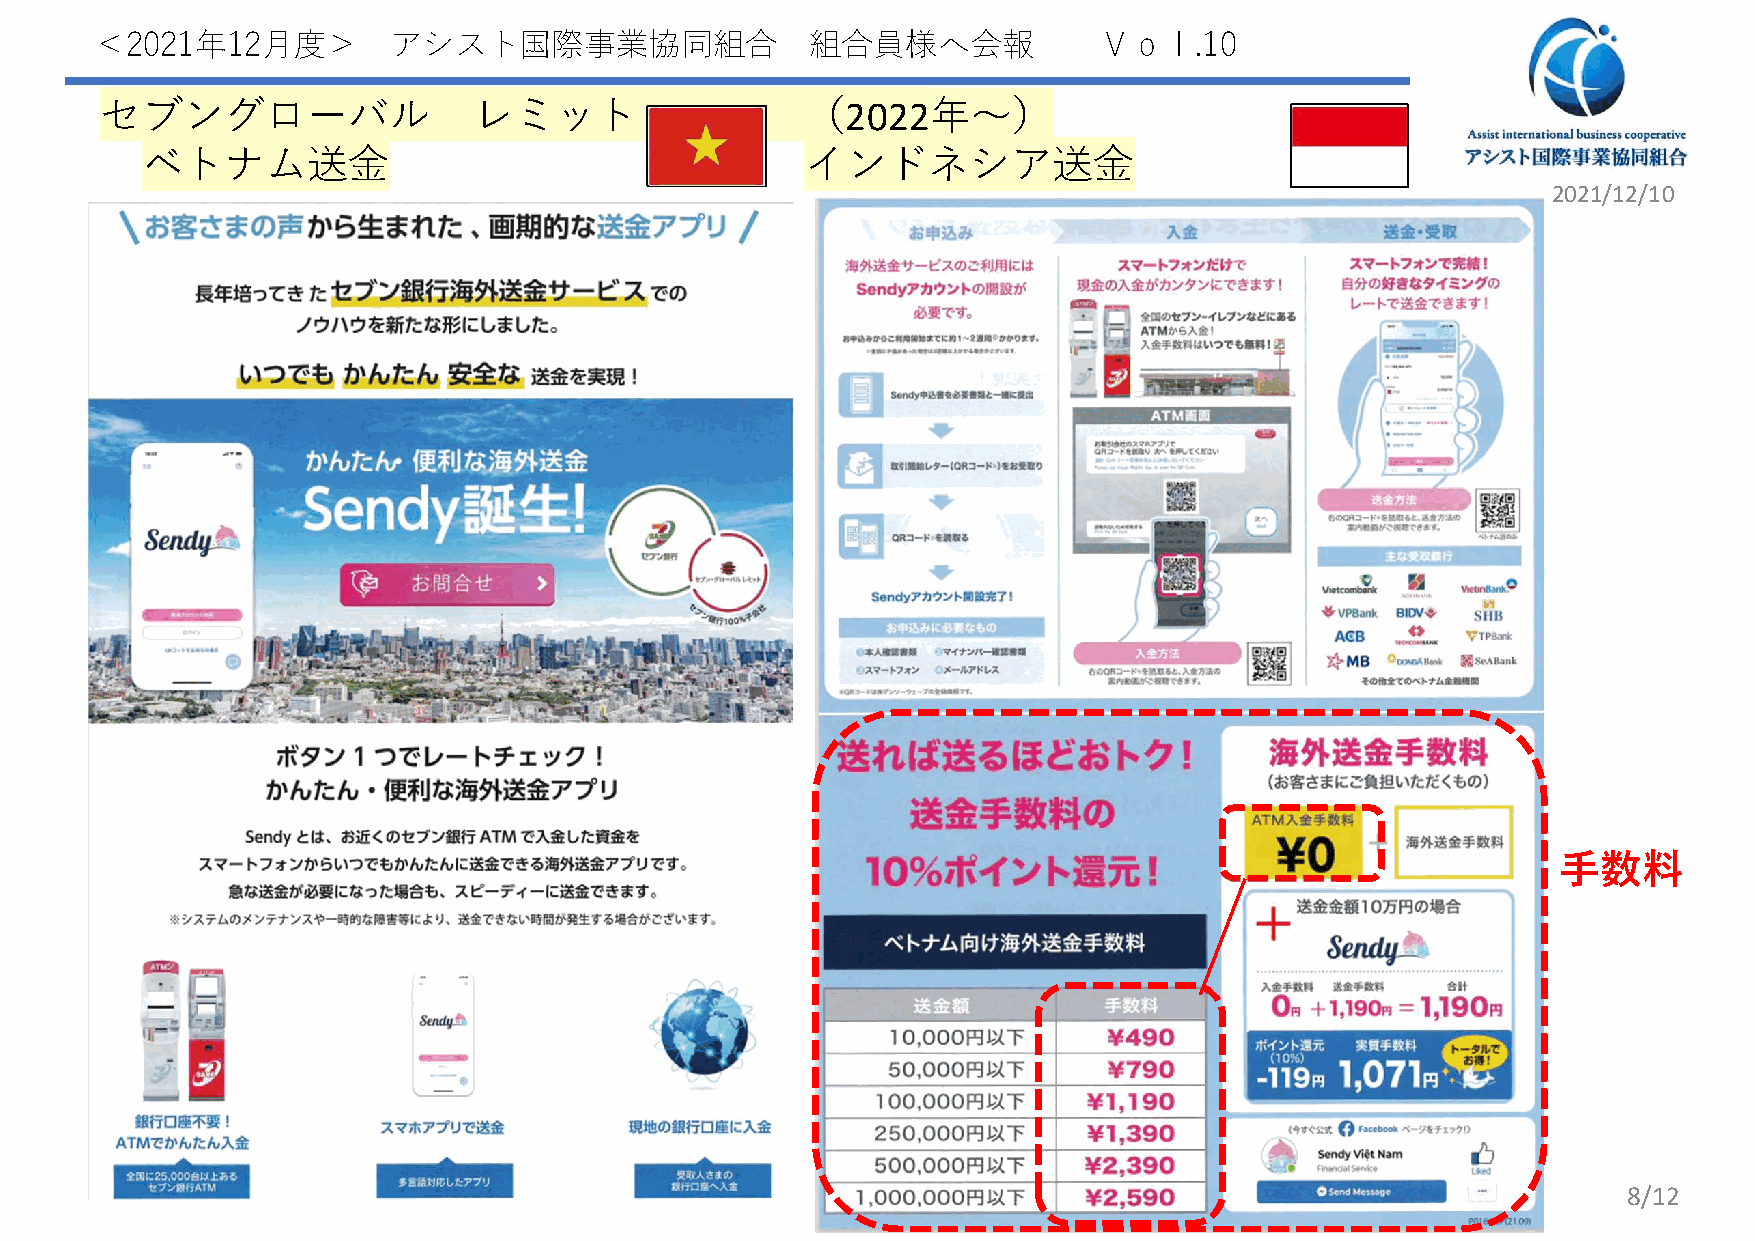
＜2021年12月度＞         アシスト国際事業協同組合                組合員様へ会報            Ｖｏｌ.10
 セブングローバル                レミット                  （2022年～）
 ベトナム送金                                      インドネシア送金
 2021/12/10
 手数料
 8/12